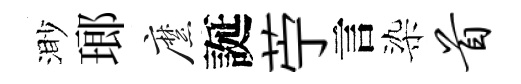
渺瑯縻誕苧言染首